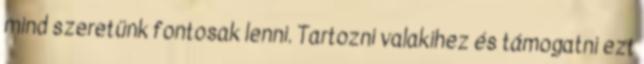
mind szeretünk fontosak lenni. Tartozni valakihez és támogatni ezt